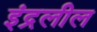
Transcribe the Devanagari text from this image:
इंद्रलील